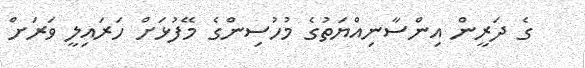
ގެ ދަރީން އިންސާނިއްޔަތުގެ މުހުސިންގެ މޭފުޅަށް ހަރައިލީ ވަރަށް